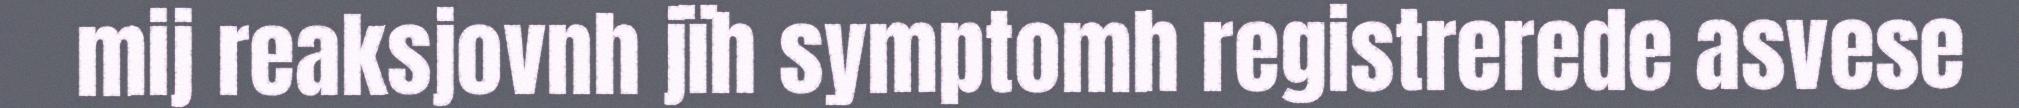
mij reaksjovnh jïh symptomh registrerede asvese